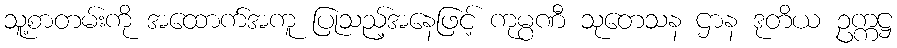
သူ့စာတမ်းကို အထောက်အကူ ပြုသည့်အနေဖြင့် ကုမ္ပဏီ သုတေသန ဌာန ဒုတိယ ဥက္ကဋ္ဌ